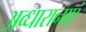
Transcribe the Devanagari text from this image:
अव्धारानाएं